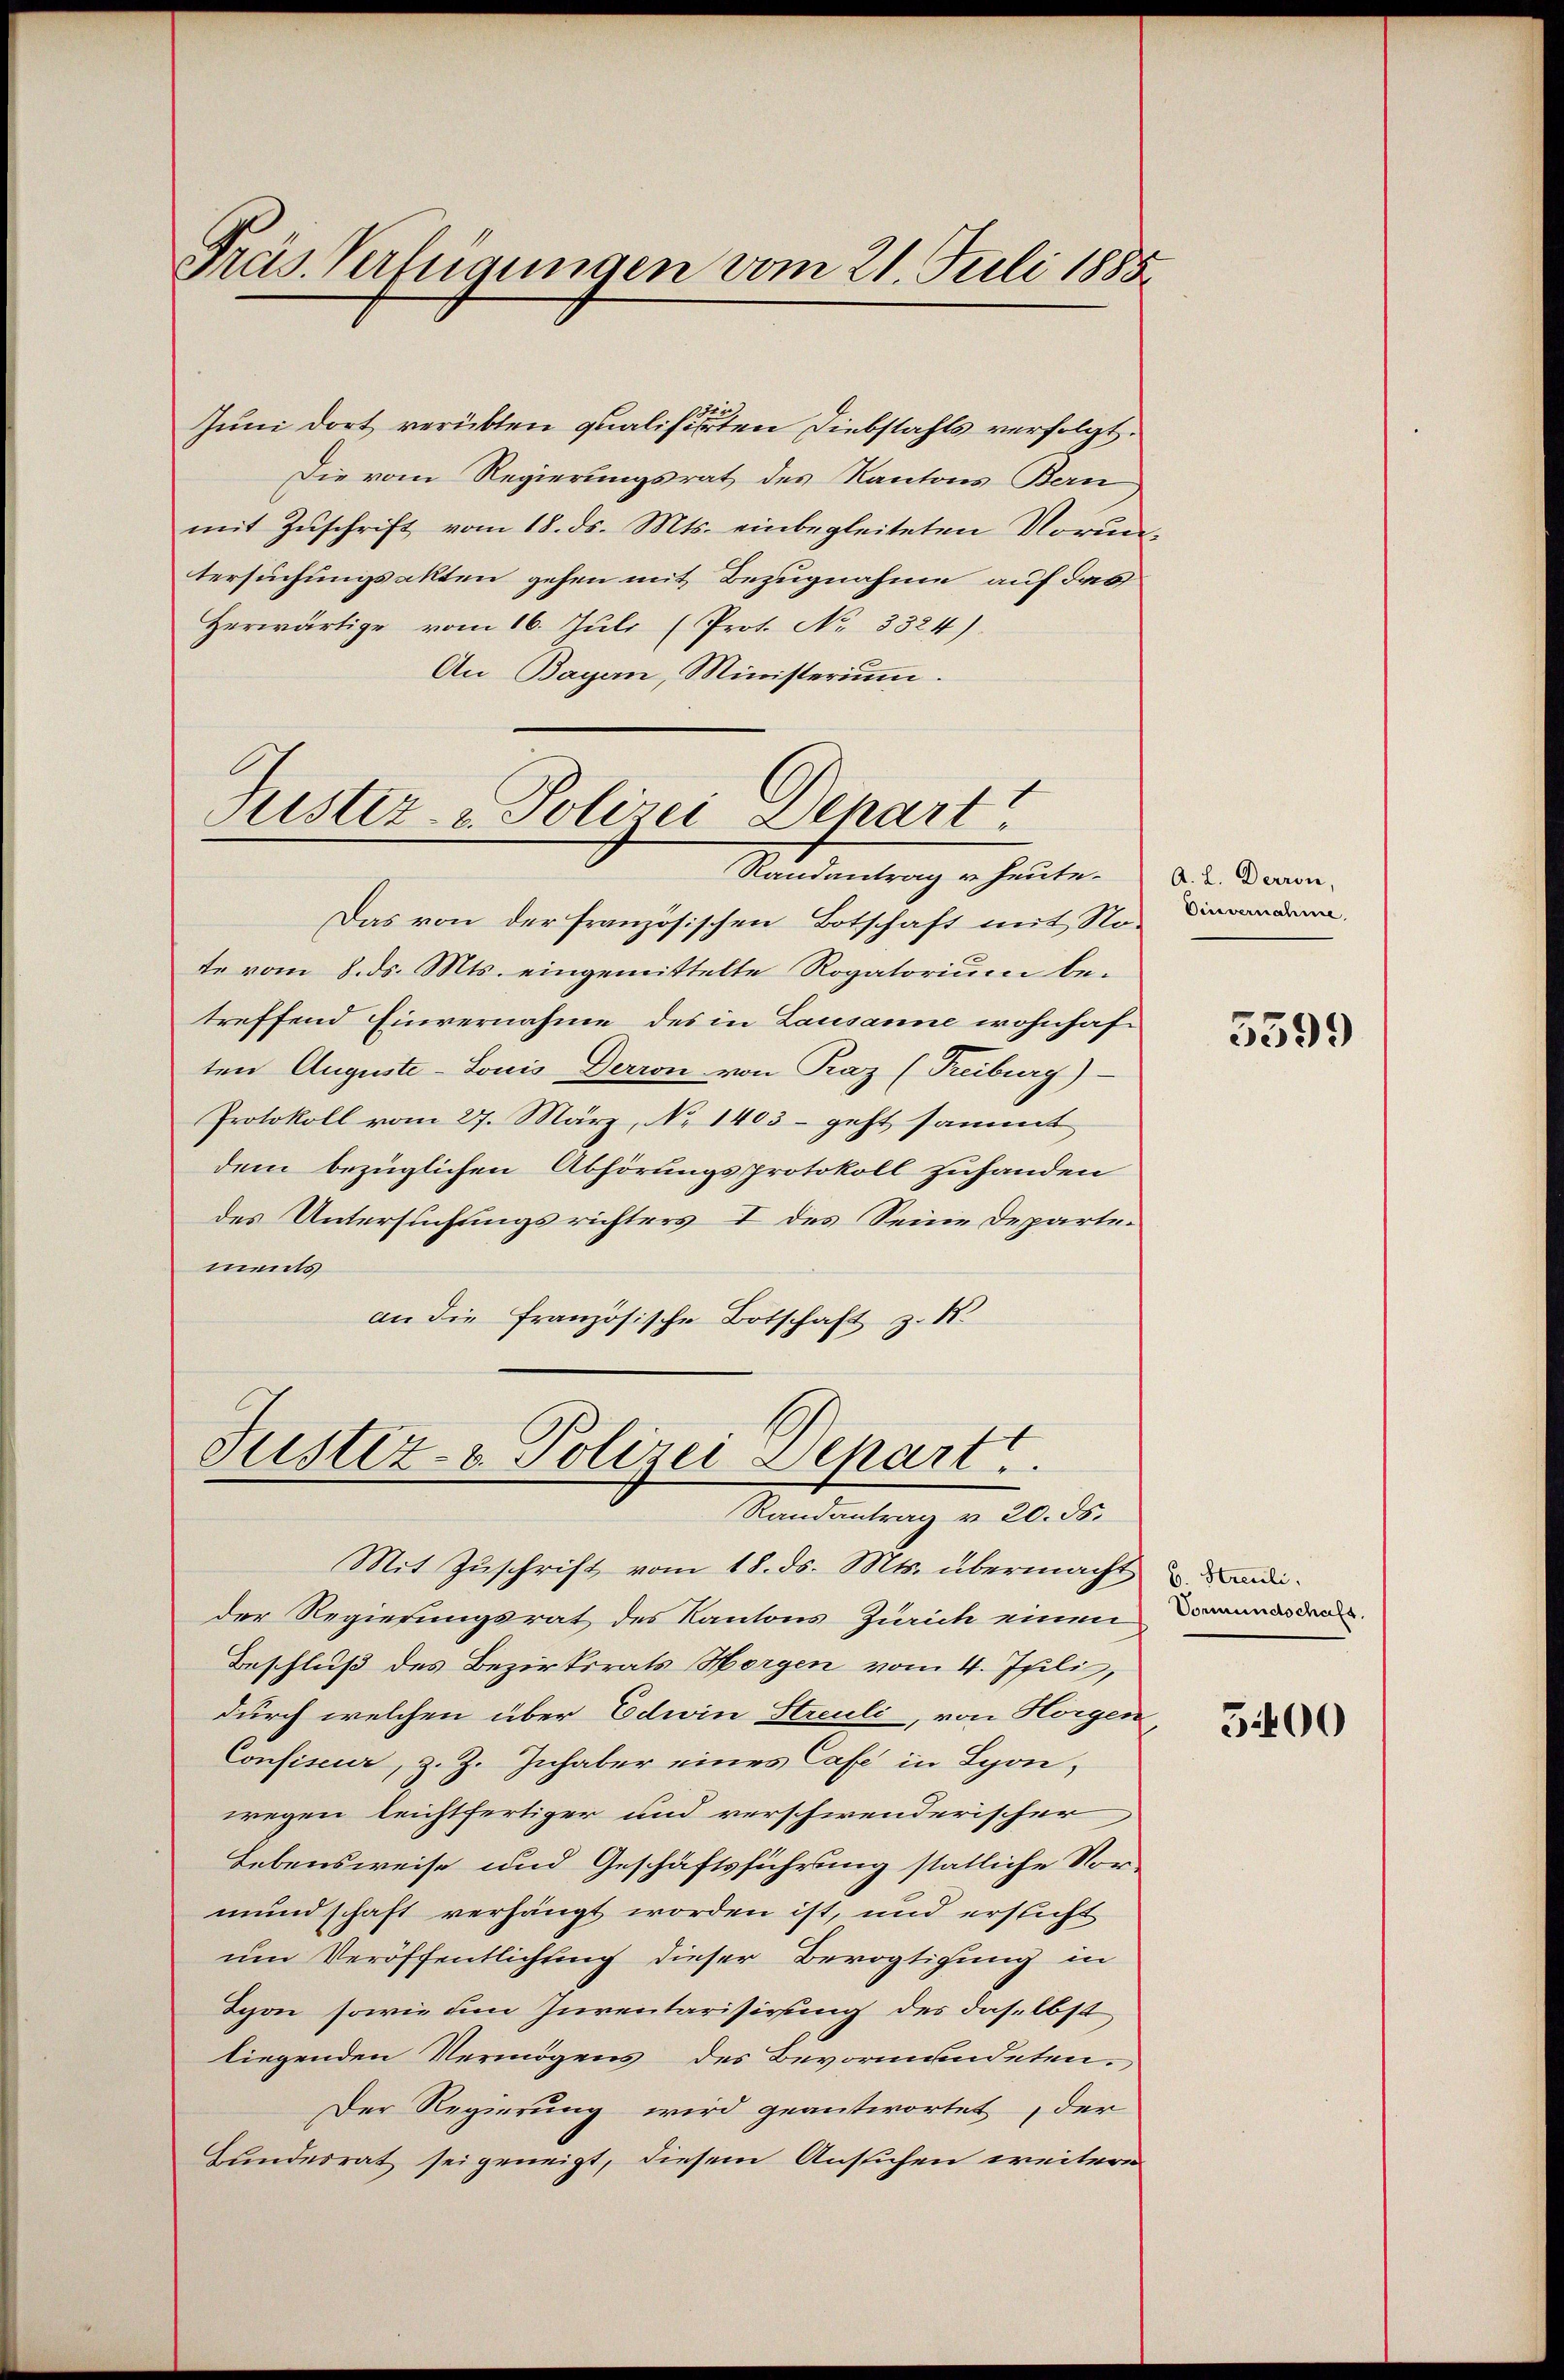
Präs. Verfügungen vom 21. Juli 1888.

Juni dort verübten qualisierten Diebstahls verfolgt.
Die vom Regierungsrat des Kantons Bern
mit Zŭschrift vom 18. ds. Mts. einbegleiteten Voruntersuchungsakten gehen mit Bezugnahme auf das
Herwärtige vom 16. Juli (Prot. No 3324).
An Bayern, Ministerium.

Justiz- & Polizei Denart

Justiz- & Polizei Depart.
Randantrag v. 20. ds.

Randantrag u. heute.
Das von der französischen Botschaft mit Sto-
te vom 8. ds. Mts. eingemittelte Rogatorium be-
treffend Einvernahme des in Lausanne wohnhaf
ten Auguste-Louis Derron von Praz (Freiburg)
Protokoll vom 27. März, No 1403 – geht sammt
dem bezüglichen Abhörungsprotokoll zuhanden
des Untersuchungsrichters I des Seine Departements
an die französische Botschaft z. B.

Mit Zuschrift vom 18. ds. Mts. übermacht
der Regierungsrat des Kantons Zürich einen
Beschluß des Bezirksrats Horgen vom 4. Juli,
durch welchen über Edwin Streuli, von Horgen
Confiseur, z. Z. Inhaber eines Cafe in Lyon,
wegen leichtfertiger und verschwenderischer
Lebensweise und Geschäftsführung statliche Vor-
mundschaft verhängt worden ist, und ersticht
um Veröffentlichtung dieser Bevogtigung in
Ichon sowie im Inventarisirung des daselbst
liegenden Vermögens des Bevormundeten.
Der Regierung wird geantwortet, der
Hundesrat sei geneigt, diesem Ansuchen weitere

A. L. Derron,
Dinvernahme.

5399

b. Streuli.
Vormundschaft.

5400